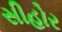
સીહોર